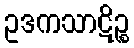
ဥဒကသာဋိဉ္စ